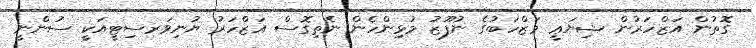
ގޮތުން އަޒްހަރުން ޝިޔަޢީ މަޒްހަބުގެ ނުފޫޒު މުޅިންހެން ނެތިގޮސް އަޒްހަރު ޔުނިވަރސިޓީއަކީ ސުންނީ